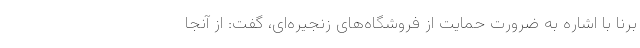
برنا با اشاره به ضرورت حمایت از فروشگاه‌های زنجیره‌ای، گفت: از آنجا